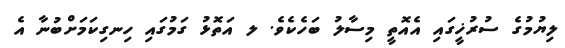
ލިޔުމުގެ ސުރުޚީގައި އެއޮތީ މިސާލު ބަހެކެވެ. ލ އަތޮޅު ގަމުގައި ހިނގިކަމަށްބުނާ އެ